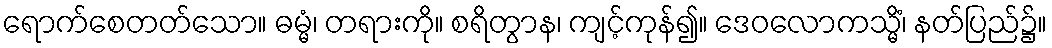
ရောက်စေတတ်သော။ ဓမ္မံ၊ တရားကို။ စရိတွာန၊ ကျင့်ကုန်၍။ ဒေဝလောကသ္မိံ၊ နတ်ပြည်၌။